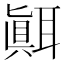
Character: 𦗁